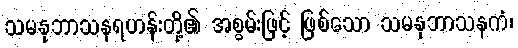
သမနုဘာသနရဟန်းတို့၏ အစွမ်းဖြင့် ဖြစ်သော သမနုဘာသနကံ၊